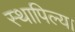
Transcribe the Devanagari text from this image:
स्थापिल्या